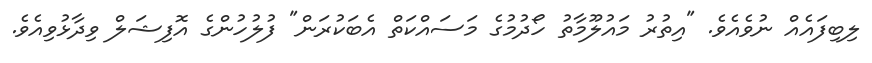
ލިބިފައެއް ނުވެއެވެ. "އިތުރު މައުލޫމާތު ހޯދުމުގެ މަސައްކަތް އެބަކުރަން" ފުލުހުންގެ އޮފިޝަލް ވިދާޅުވިއެވެ.